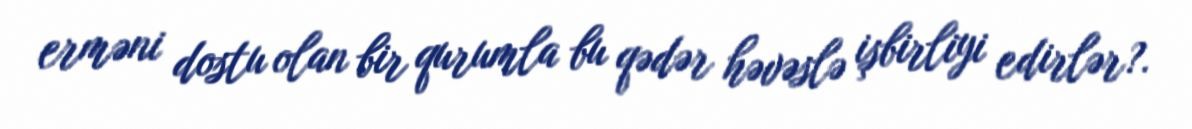
erməni dostu olan bir qurumla bu qədər həvəslə işbirliyi edirlər?.